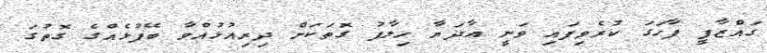
ގައްޒާފީ ފާހަގަ ކުރެވިފައި ވަނީ އާދަޔާ ހިލާފު ގޮތަކަށް ދިރިއުޅުއްވާ ބޭފުޅެއްގެ ގޮތުގަ